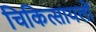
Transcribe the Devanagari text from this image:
चिकित्सायलों